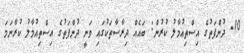
10- ދުންފަތުގެ އިސްތިއުމާލު ކުރުން: ބައެއް ދިރާސާތަކުގައި ވަނީ ދުންފަތުގެ އިސްތިއުމާލު ކުރާނަމަ